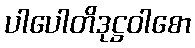
ပါပေါတိဒုဋ္ဌဝါစော